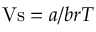
\mathrm { V s } = { a } / { b r T }